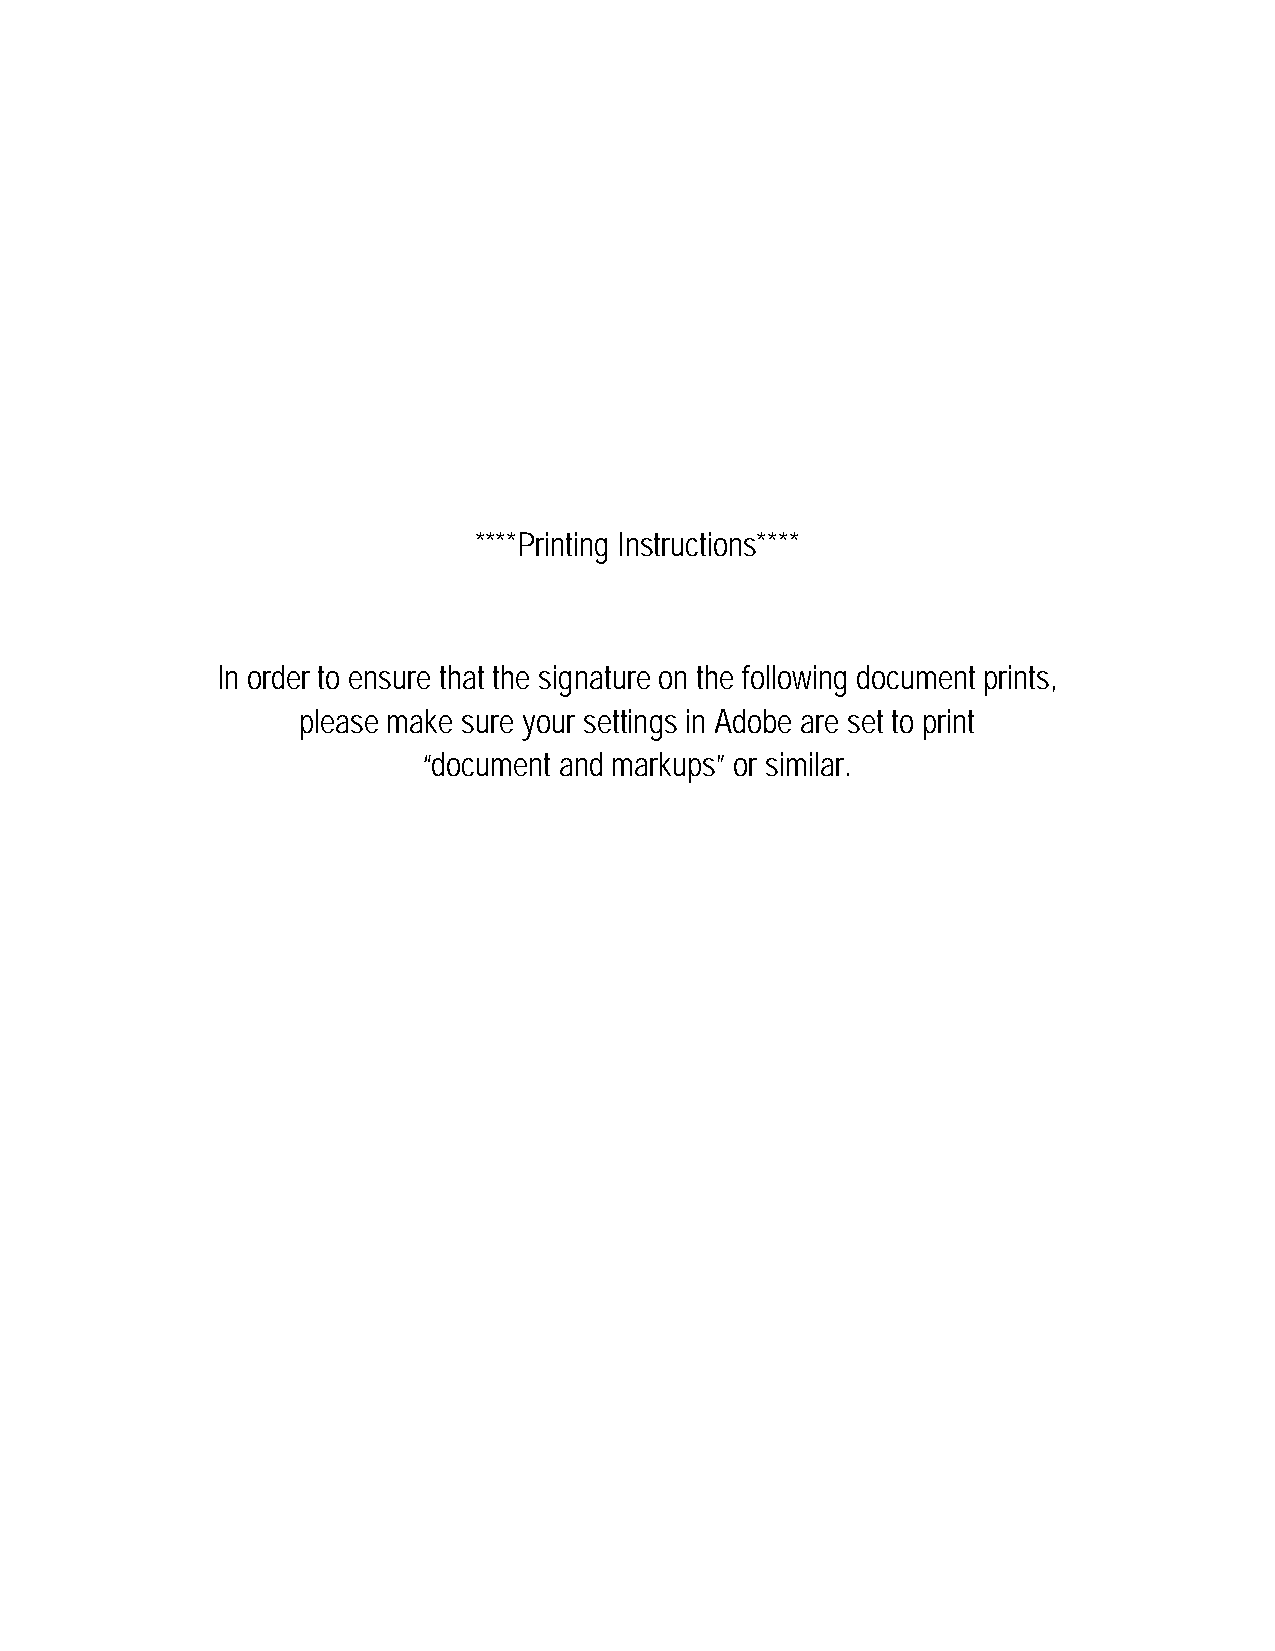
****Printing Instructions****
 In order to ensure that the signature on the following document prints,
 please make sure your settings in Adobe are set to print
 “document and markups” or similar.